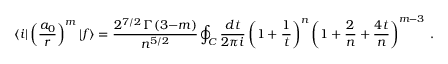
\langle i | \left( { \frac { a _ { 0 } } { r } } \right) ^ { m } | f \rangle = { \frac { 2 ^ { 7 / 2 } \, \Gamma ( 3 { - } m ) } { n ^ { 5 / 2 } } } \oint _ { C } { \frac { d t } { 2 \pi i } } \left( 1 + { \frac { 1 } { t } } \right) ^ { n } \left( 1 + { \frac { 2 } { n } } + { \frac { 4 t } { n } } \right) ^ { m - 3 } \, .